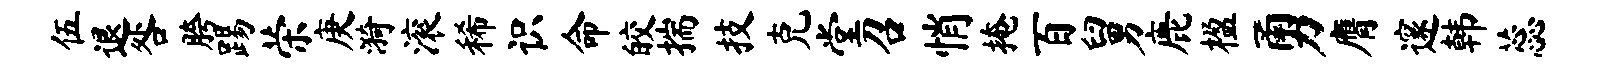
伍退咎胯踢荣庚漪滚稀识命皎揣技克堂召悄掩百舅鹿楹勇膺邃韩蕊